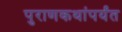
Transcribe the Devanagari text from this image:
पुराणकथांपर्यंत